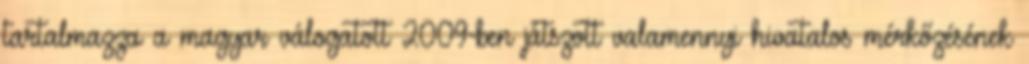
tartalmazza a magyar válogatott 2009-ben játszott valamennyi hivatalos mérkőzésének